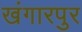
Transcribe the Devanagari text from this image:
खंगारपुर